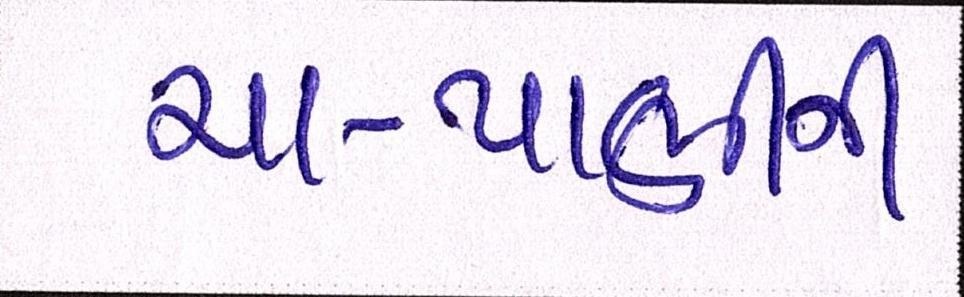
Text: ચા-પાણીની